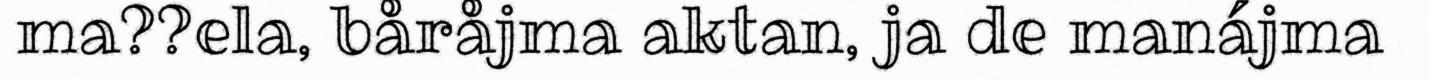
ma??ela, båråjma aktan, ja de manájma